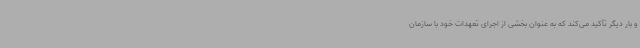
و بار دیگر تأکید می‌کند که به عنوان بخشی از اجرای تعهدات خود با سازمان